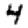
Digit: 4